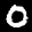
Label: 0